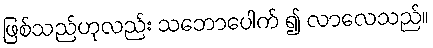
ဖြစ်သည်ဟုလည်း သဘောပေါက် ၍ လာလေသည်။